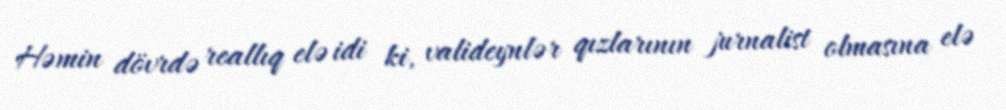
Həmin dövrdə reallıq elə idi ki, valideynlər qızlarının jurnalist olmasına elə